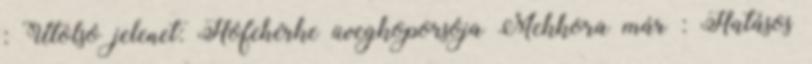
: Utolsó jelenet: Hófehérke üvegkoporsója Mekkora már : Hatásos